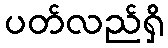
ပတ်လည်ရှိ